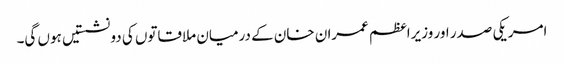
امریکی صدر اور وزیراعظم عمران خان کے درمیان ملاقاتوں کی دو نشستیں ہوں گی۔